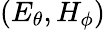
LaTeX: (E_{\theta},H_{\phi})